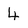
Character: 4